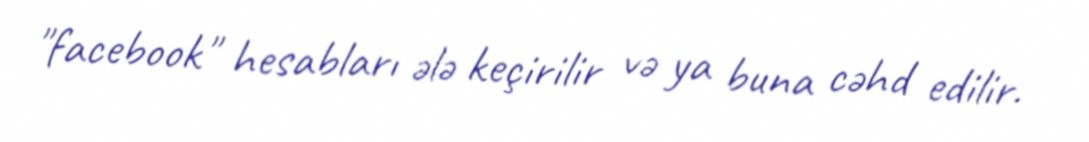
"facebook" hesabları ələ keçirilir və ya buna cəhd edilir.